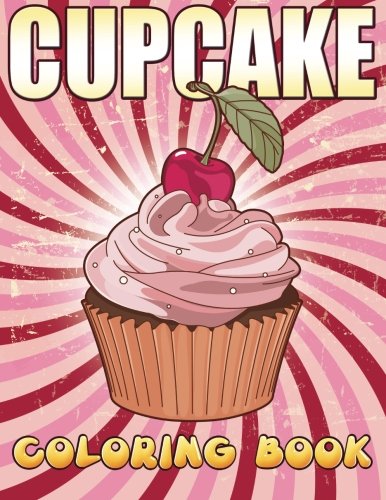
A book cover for Cupcake Coloring Book; Timmy Time Books For Kids; Comics & Graphic Novels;